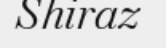
Shiraz